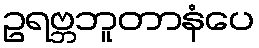
ဥရဗ္ဘဘူတာနံပေ